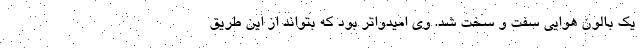
یک بالون هوایی سفت و سخت شد. وی امیدواتر بود که بتواند از این طریق